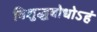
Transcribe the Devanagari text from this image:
विशुद्धबोधोऽहं